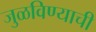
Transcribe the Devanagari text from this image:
जुळविण्याची